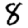
Digit: 8